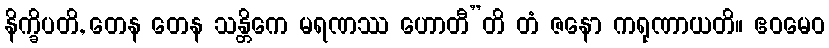
နိက္ခိပတိ, တေန တေန သန္တိကေ မရဏဿ ဟောတီ”တိ တံ ဇနော ကရုဏာယတိ။ ဧဝမေဝ